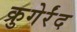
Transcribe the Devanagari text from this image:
क्रुगेर्रंद